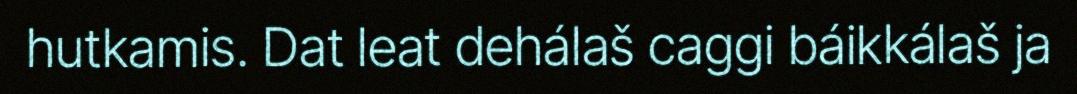
hutkamis. Dat leat dehálaš caggi báikkálaš ja